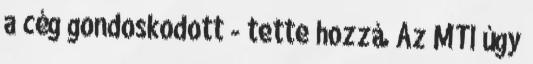
a cég gondoskodott - tette hozzá. Az MTI úgy